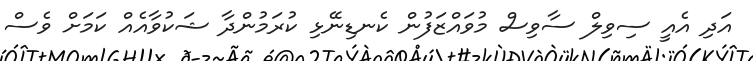
އަދި އެއީ ސިވިލް ސާވިސް މުވައްޒަފުން ކެނޑިނޭޅި ކުރަމުންދާ ޝަކުވާއެއް ކަމަށް ވެސް